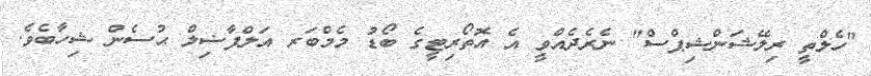
"ހެލްތީ ރިލޭޝަންޝިޕްސް" ނެރެދެއްވީ އެ އޮތޯރިޓީގެ ބޯޑު މެމްބަރ އަލްފާޟިލް ޙުސެން ޝިހާބެވެ.